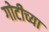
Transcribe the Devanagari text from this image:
गोटीच्या